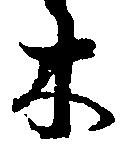
木